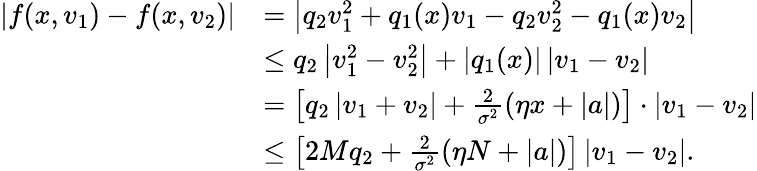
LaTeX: \begin{array}{rl}{\vert f(x,v_{1})-f(x,v_{2})\vert}&{=\left\vert q_{2}v_{1}^{2}+q_{1}(x)v_{1}-q_{2}v_{2}^{2}-q_{1}(x)v_{2}\right\vert}\\ &{\le q_{2}\left\vert v_{1}^{2}-v_{2}^{2}\right\vert+|q_{1}(x)|\left\vert v_{1}-v_{2}\right\vert}\\ &{=\left[q_{2}\left\vert v_{1}+v_{2}\right\vert+\frac{2}{\sigma^{2}}\left(\eta x+|a|\right)\right]\cdot\left\vert v_{1}-v_{2}\right\vert}\\ &{\le\left[2Mq_{2}+\frac{2}{\sigma^{2}}\left(\eta N+|a|\right)\right]\left\vert v_{1}-v_{2}\right\vert.}\end{array}